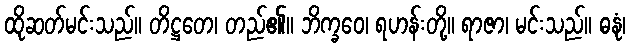
ထိုဆတ်မင်းသည်။ တိဋ္ဌတေ၊ တည်၏။ ဘိက္ခဝေ၊ ရဟန်းတို့။ ရာဇာ၊ မင်းသည်။ ဓနုံ၊